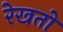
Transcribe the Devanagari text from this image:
रेखतों